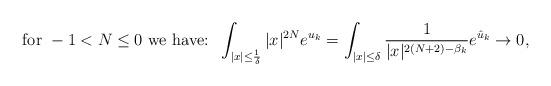
LaTeX: \begin{align*}\hbox{for } -1<N\leq0 \mbox{ we have: } \, \int_{\vert x \vert \leq \frac{1}{\delta}} \vert x \vert^{2N} e^{u_k} = \int_{\vert x \vert \leq \delta} \frac{1}{\vert x \vert^{2(N+2)-\beta_k}} e^{\hat{u}_k} \to 0,\end{align*}